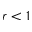
r < 1